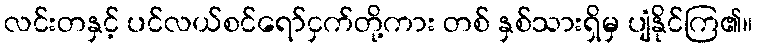
လင်းတနှင့် ပင်လယ်စင်ရော်ငှက်တို့ကား တစ် နှစ်သားရှိမှ ပျံနိုင်ကြ၏။